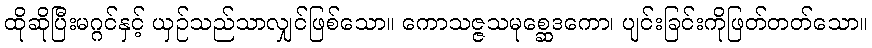
ထိုဆိုပြီးမဂ္ဂင်နှင့် ယှဉ်သည်သာလျှင်ဖြစ်သော။ ကောသဇ္ဇသမုစ္ဆေဒကော၊ ပျင်းခြင်းကိုဖြတ်တတ်သော။